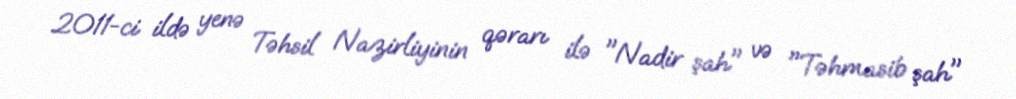
2011-ci ildə yenə Təhsil Nazirliyinin qərarı ilə "Nadir şah" və "Təhmasib şah"